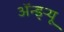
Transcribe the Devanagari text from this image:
अॅन्ड्‌र्‍यू